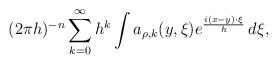
LaTeX: \begin{align*} (2\pi h)^{-n} \sum^\infty_{k=0} h^k \int a_{\rho,k} (y,\xi) e^{\frac{i (x-y)\cdot \xi}{h}} \, d \xi ,\end{align*}